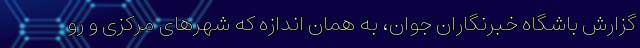
گزارش باشگاه خبرنگاران جوان، به همان اندازه که شهر‌های مرکزی و رو